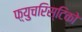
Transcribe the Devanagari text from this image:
फ़्युचरिस्टिको